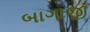
બાગાજી